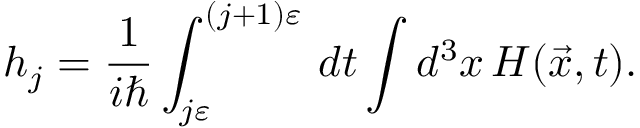
h _ { j } = { \frac { 1 } { i \hbar } } \int _ { j \varepsilon } ^ { ( j + 1 ) \varepsilon } \, d t \int d ^ { 3 } x \, H ( { \vec { x } } , t ) .